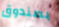
بصندوق